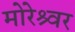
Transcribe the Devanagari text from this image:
मोरेश्र्वर